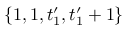
\{ 1 , 1 , t _ { 1 } ^ { \prime } , t _ { 1 } ^ { \prime } + 1 \}